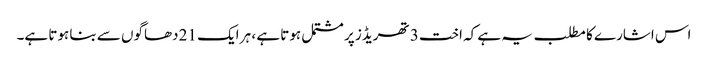
اس اشارے کا مطلب یہ ہے کہ اخت 3 تھریڈز پر مشتمل ہوتا ہے ، ہر ایک 21 دھاگوں سے بنا ہوتا ہے۔